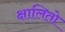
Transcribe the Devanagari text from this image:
क्षालितो